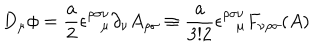
LaTeX: D _ { \mu } \phi = \frac { a } { 2 } \epsilon _ { \mu } ^ { \rho \sigma \nu } \partial _ { \nu } A _ { \rho \sigma } \equiv \frac { a } { 3 ! 2 } \epsilon _ { \mu } ^ { \rho \sigma \nu } F _ { \nu \rho \sigma } ( A )